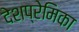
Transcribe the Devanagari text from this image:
देशप्रेमिका